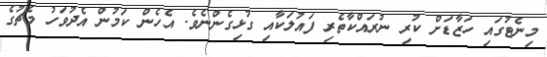
މިނެޓުގައި ހަޒާޑަށް ކުރި ނުރައްކާތެރި ފައުލަކާއި ގުޅިގެންނެވެ. އެހެން ކަމުން އެދުވަހު މެޗުގެ